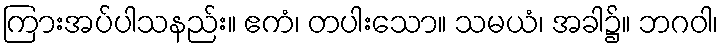
ကြားအပ်ပါသနည်း။ ဧကံ၊ တပါးသော။ သမယံ၊ အခါ၌။ ဘဂဝါ၊